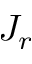
J _ { r }